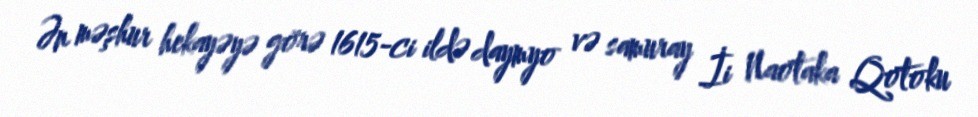
Ən məşhur hekayəyə görə 1615-ci ildə daymyo və samuray İi Naotaka Qotoku